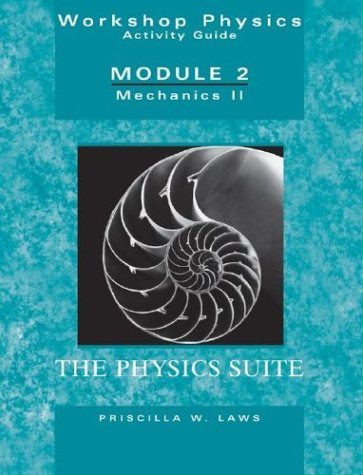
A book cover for Workshop Physics Activity Guide, Module 2: Mechanics II; Priscilla W. Laws; Science & Math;